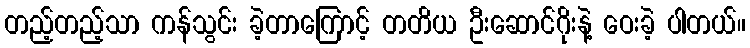
တည့်တည့်သာ ကန်သွင်း ခဲ့တာကြောင့် တတိယ ဦးဆောင်ဂိုးနဲ့ ဝေးခဲ့ ပါတယ်။